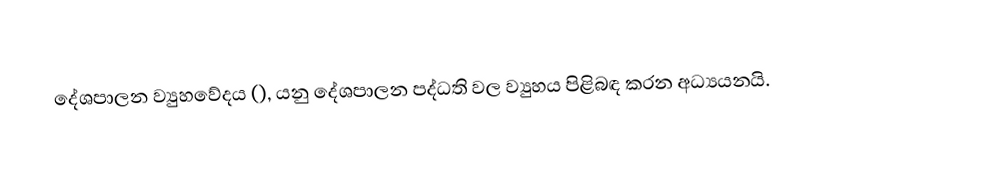
දේශපාලන ව්‍යුහවේදය (), යනු දේශපාලන පද්ධති වල ව්‍යුහය පිළිබඳ කරන අධ්‍යයනයි.